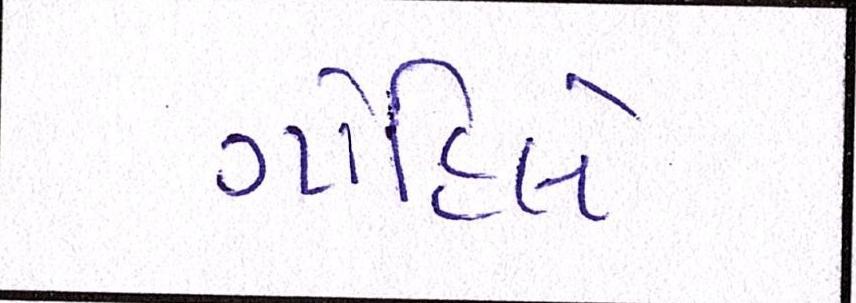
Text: ગોહિલે